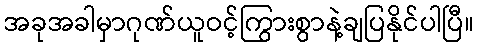
အခုအခါမှာဂုဏ်ယူဝင့်ကြွားစွာနဲ့ချပြနိုင်ပါပြီ။